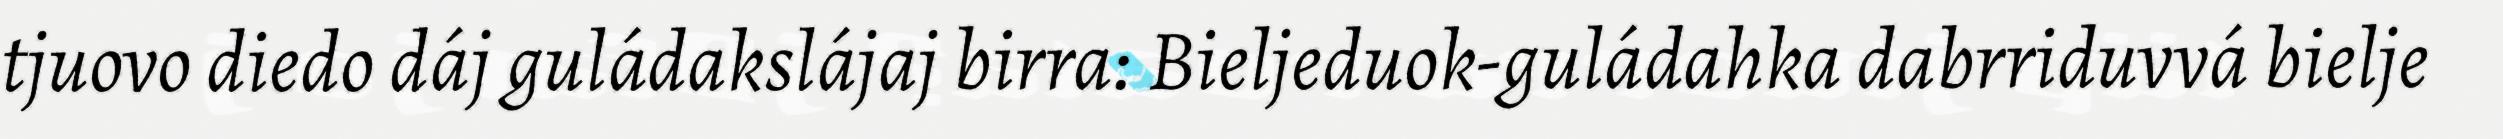
tjuovo diedo dáj guládakslájaj birra: Bieljeduok-guládahka dabrriduvvá bielje